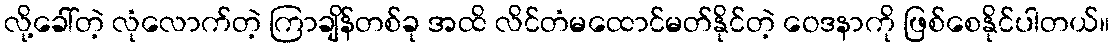
လို့ခေါ်တဲ့ လုံလောက်တဲ့ ကြာချိန်တစ်ခု အထိ လိင်တံမထောင်မတ်နိုင်တဲ့ ဝေဒနာကို ဖြစ်စေနိုင်ပါတယ်။